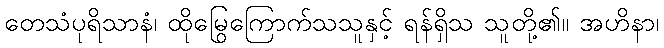
တေသံပုရိသာနံ၊ ထိုမြွေကြောက်သသူနှင့် ရန်ရှိသ သူတို့၏။ အဟိနာ၊